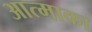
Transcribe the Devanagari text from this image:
आत्माका